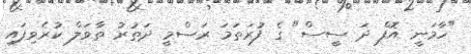
"ހާމަނީ އޮފް ދަ ސީސް" ގެ ފުރަތަމަ ރަސްމީ ދަތުރު ތާވަލް ކުރެވިފައި